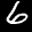
Label: 6